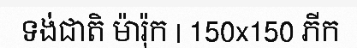
ទង់ជាតិ ម៉ារ៉ុក | 150x150 ភីក